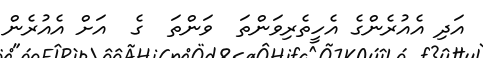
އަދި އެއުރެންގެ އެހީތެރިވަންތަ  ވަންތަ  ގެ  އަށް އެއުރެން